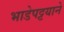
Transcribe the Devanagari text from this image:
भाडेपट्टयाने